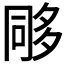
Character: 𭁰